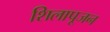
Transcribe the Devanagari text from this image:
शिलापूजन